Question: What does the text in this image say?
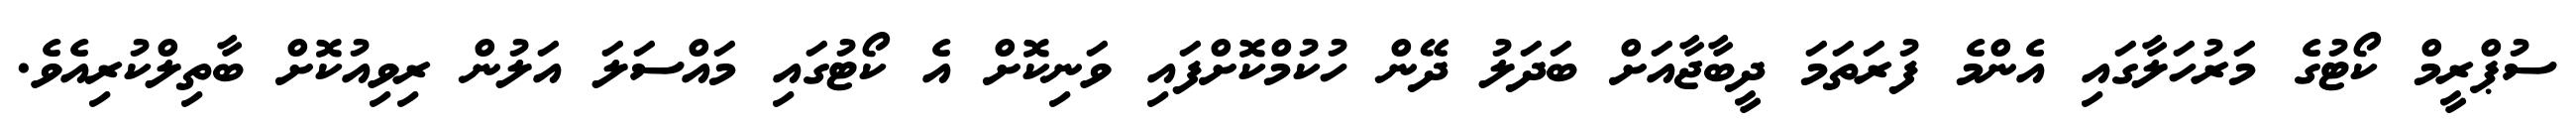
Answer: ސުޕްރީމް ކޯޓުގެ މަރުހަލާގައި އެންމެ ފުރަތަމަ ދީބާޖާއަށް ބަދަލު ދޭން ހުކުމްކޮށްފައި ވަނިކޮށް އެ ކޯޓުގައި މައްސަލަ އަލުން ރިވިއުކޮށް ބާތިލްކުރިއެވެ.